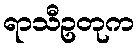
ရာသီဥတုက